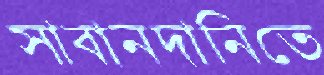
সাবানদানিতে